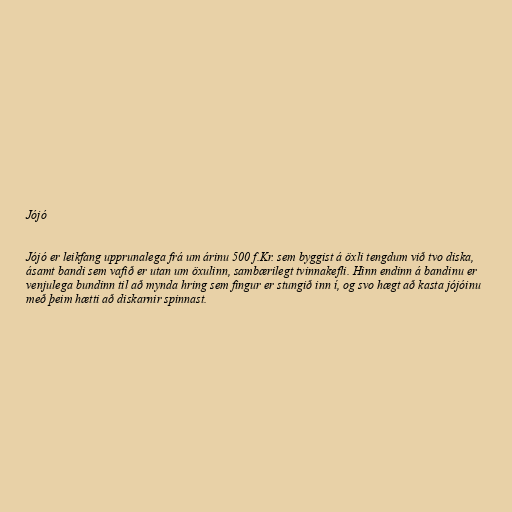
Jójó

Jójó er leikfang upprunalega frá um árinu 500 f.Kr. sem byggist á öxli tengdum við tvo diska,
ásamt bandi sem vafið er utan um öxulinn, sambærilegt tvinnakefli. Hinn endinn á bandinu er
venjulega bundinn til að mynda hring sem fingur er stungið inn í, og svo hægt að kasta jójóinu
með þeim hætti að diskarnir spinnast.